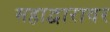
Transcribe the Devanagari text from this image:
महाद्वारावर